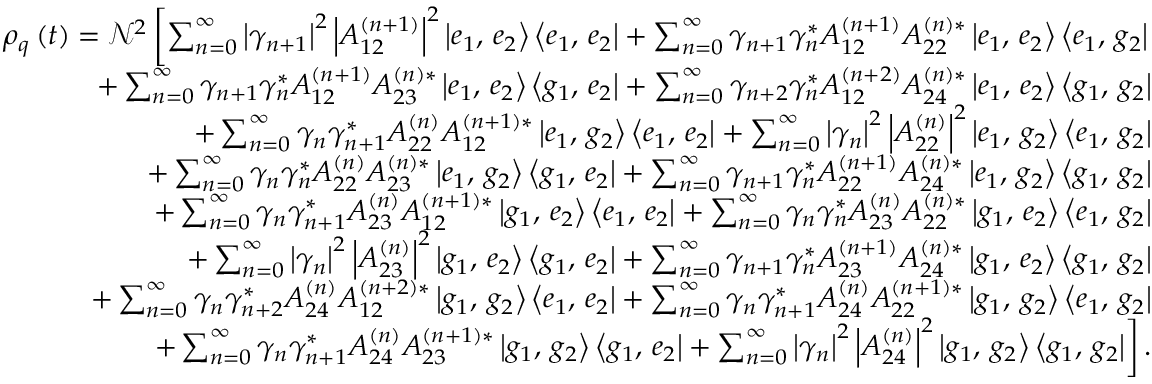
\begin{array} { r } { \rho _ { q } \left( t \right) = \mathcal { N } ^ { 2 } \left[ \sum _ { n = 0 } ^ { \infty } \left| \gamma _ { n + 1 } \right| ^ { 2 } \left| A _ { 1 2 } ^ { \left( n + 1 \right) } \right| ^ { 2 } \left| e _ { 1 } , \, e _ { 2 } \right\rangle \left\langle e _ { 1 } , \, e _ { 2 } \right| + \sum _ { n = 0 } ^ { \infty } \gamma _ { n + 1 } \gamma _ { n } ^ { * } A _ { 1 2 } ^ { \left( n + 1 \right) } A _ { 2 2 } ^ { \left( n \right) * } \left| e _ { 1 } , \, e _ { 2 } \right\rangle \left\langle e _ { 1 } , \, g _ { 2 } \right| \right. } \\ { + \sum _ { n = 0 } ^ { \infty } \gamma _ { n + 1 } \gamma _ { n } ^ { * } A _ { 1 2 } ^ { \left( n + 1 \right) } A _ { 2 3 } ^ { \left( n \right) * } \left| e _ { 1 } , \, e _ { 2 } \right\rangle \left\langle g _ { 1 } , \, e _ { 2 } \right| + \sum _ { n = 0 } ^ { \infty } \gamma _ { n + 2 } \gamma _ { n } ^ { * } A _ { 1 2 } ^ { \left( n + 2 \right) } A _ { 2 4 } ^ { \left( n \right) * } \left| e _ { 1 } , \, e _ { 2 } \right\rangle \left\langle g _ { 1 } , \, g _ { 2 } \right| } \\ { + \sum _ { n = 0 } ^ { \infty } \gamma _ { n } \gamma _ { n + 1 } ^ { * } A _ { 2 2 } ^ { \left( n \right) } A _ { 1 2 } ^ { \left( n + 1 \right) * } \left| e _ { 1 } , \, g _ { 2 } \right\rangle \left\langle e _ { 1 } , \, e _ { 2 } \right| + \sum _ { n = 0 } ^ { \infty } \left| \gamma _ { n } \right| ^ { 2 } \left| A _ { 2 2 } ^ { \left( n \right) } \right| ^ { 2 } \left| e _ { 1 } , \, g _ { 2 } \right\rangle \left\langle e _ { 1 } , \, g _ { 2 } \right| } \\ { + \sum _ { n = 0 } ^ { \infty } \gamma _ { n } \gamma _ { n } ^ { * } A _ { 2 2 } ^ { \left( n \right) } A _ { 2 3 } ^ { \left( n \right) * } \left| e _ { 1 } , \, g _ { 2 } \right\rangle \left\langle g _ { 1 } , \, e _ { 2 } \right| + \sum _ { n = 0 } ^ { \infty } \gamma _ { n + 1 } \gamma _ { n } ^ { * } A _ { 2 2 } ^ { \left( n + 1 \right) } A _ { 2 4 } ^ { \left( n \right) * } \left| e _ { 1 } , \, g _ { 2 } \right\rangle \left\langle g _ { 1 } , \, g _ { 2 } \right| } \\ { + \sum _ { n = 0 } ^ { \infty } \gamma _ { n } \gamma _ { n + 1 } ^ { * } A _ { 2 3 } ^ { \left( n \right) } A _ { 1 2 } ^ { \left( n + 1 \right) * } \left| g _ { 1 } , \, e _ { 2 } \right\rangle \left\langle e _ { 1 } , \, e _ { 2 } \right| + \sum _ { n = 0 } ^ { \infty } \gamma _ { n } \gamma _ { n } ^ { * } A _ { 2 3 } ^ { \left( n \right) } A _ { 2 2 } ^ { \left( n \right) * } \left| g _ { 1 } , \, e _ { 2 } \right\rangle \left\langle e _ { 1 } , \, g _ { 2 } \right| } \\ { + \sum _ { n = 0 } ^ { \infty } \left| \gamma _ { n } \right| ^ { 2 } \left| A _ { 2 3 } ^ { \left( n \right) } \right| ^ { 2 } \left| g _ { 1 } , \, e _ { 2 } \right\rangle \left\langle g _ { 1 } , \, e _ { 2 } \right| + \sum _ { n = 0 } ^ { \infty } \gamma _ { n + 1 } \gamma _ { n } ^ { * } A _ { 2 3 } ^ { \left( n + 1 \right) } A _ { 2 4 } ^ { \left( n \right) * } \left| g _ { 1 } , \, e _ { 2 } \right\rangle \left\langle g _ { 1 } , \, g _ { 2 } \right| } \\ { + \sum _ { n = 0 } ^ { \infty } \gamma _ { n } \gamma _ { n + 2 } ^ { * } A _ { 2 4 } ^ { \left( n \right) } A _ { 1 2 } ^ { \left( n + 2 \right) * } \left| g _ { 1 } , \, g _ { 2 } \right\rangle \left\langle e _ { 1 } , \, e _ { 2 } \right| + \sum _ { n = 0 } ^ { \infty } \gamma _ { n } \gamma _ { n + 1 } ^ { * } A _ { 2 4 } ^ { \left( n \right) } A _ { 2 2 } ^ { \left( n + 1 \right) * } \left| g _ { 1 } , \, g _ { 2 } \right\rangle \left\langle e _ { 1 } , \, g _ { 2 } \right| } \\ { \left. + \sum _ { n = 0 } ^ { \infty } \gamma _ { n } \gamma _ { n + 1 } ^ { * } A _ { 2 4 } ^ { \left( n \right) } A _ { 2 3 } ^ { \left( n + 1 \right) * } \left| g _ { 1 } , \, g _ { 2 } \right\rangle \left\langle g _ { 1 } , \, e _ { 2 } \right| + \sum _ { n = 0 } ^ { \infty } \left| \gamma _ { n } \right| ^ { 2 } \left| A _ { 2 4 } ^ { \left( n \right) } \right| ^ { 2 } \left| g _ { 1 } , \, g _ { 2 } \right\rangle \left\langle g _ { 1 } , \, g _ { 2 } \right| \right] . } \end{array}